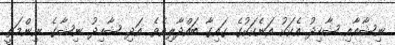
ނިޝާއާއި ޝާހިދު އެކަކު އަނެކަކުގެ ގައިގާ ބައްދާލިއެވެ. އަދި ޝާހިދު ނިޝާގެ ނިންމަތީ